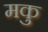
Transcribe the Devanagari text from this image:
मकु